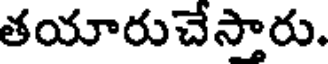
తయారుచేస్తారు.